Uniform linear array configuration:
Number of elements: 16
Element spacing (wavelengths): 0.5
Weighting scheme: uniform
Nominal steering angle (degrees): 45
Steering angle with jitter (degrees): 45.813
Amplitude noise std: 0.05
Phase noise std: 0.05

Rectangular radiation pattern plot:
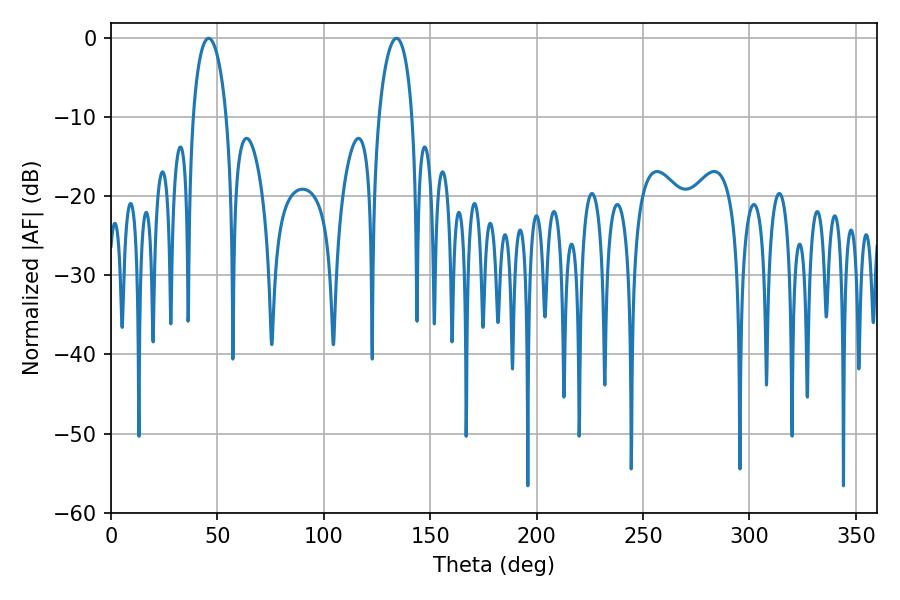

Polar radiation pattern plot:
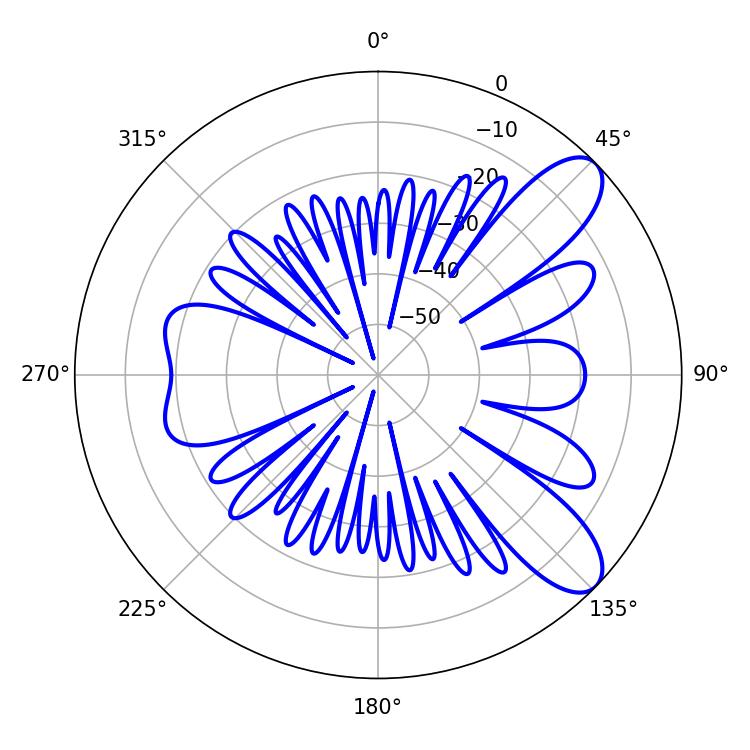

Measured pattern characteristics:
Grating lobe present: FALSE
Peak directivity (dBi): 9.165
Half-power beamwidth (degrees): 9
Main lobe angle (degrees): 45.9